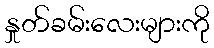
နှုတ်ခမ်းလေးများကို